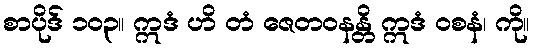
စာပိုဒ် ၁၀၃။ ဣဒံ ဟိ တံ ဇေတဝနန္တိ ဣဒံ ဝစနံ၊ ကို။